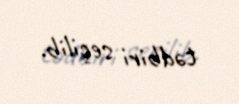
tədbiri seçilib.